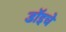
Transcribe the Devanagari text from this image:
डॉइचे